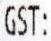
GST: